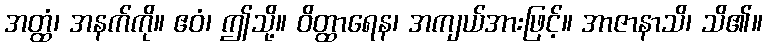
အတ္ထံ၊ အနက်ကို။ ဧဝံ၊ ဤသို့။ ဝိတ္ထာရေန၊ အကျယ်အားဖြင့်။ အာဇာနာသိ၊ သိ၏။